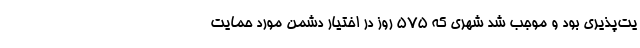
یت‌پذیری بود و موجب شد شهری که 575 روز در اختیار دشمنِ مورد حمایت